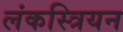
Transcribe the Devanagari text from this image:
लंकस्त्रियन